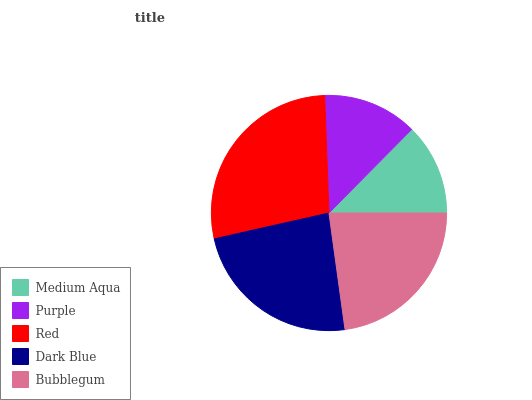
| Medium Aqua | Purple | Red | Dark Blue | Bubblegum |
 | --- | --- | --- | --- | --- |
 | 12.6% | 13% | 28% | 23.7% | 22.7% |